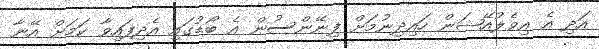
އަދި އެ އިވެލުއޭޝަން ހައިދިނުމަށް ފިނޭންސުން އެ ބޯޑުގައި އެދިފައިވާ ކަމަށް އޭނާ